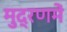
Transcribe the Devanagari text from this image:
मुद्रणमें